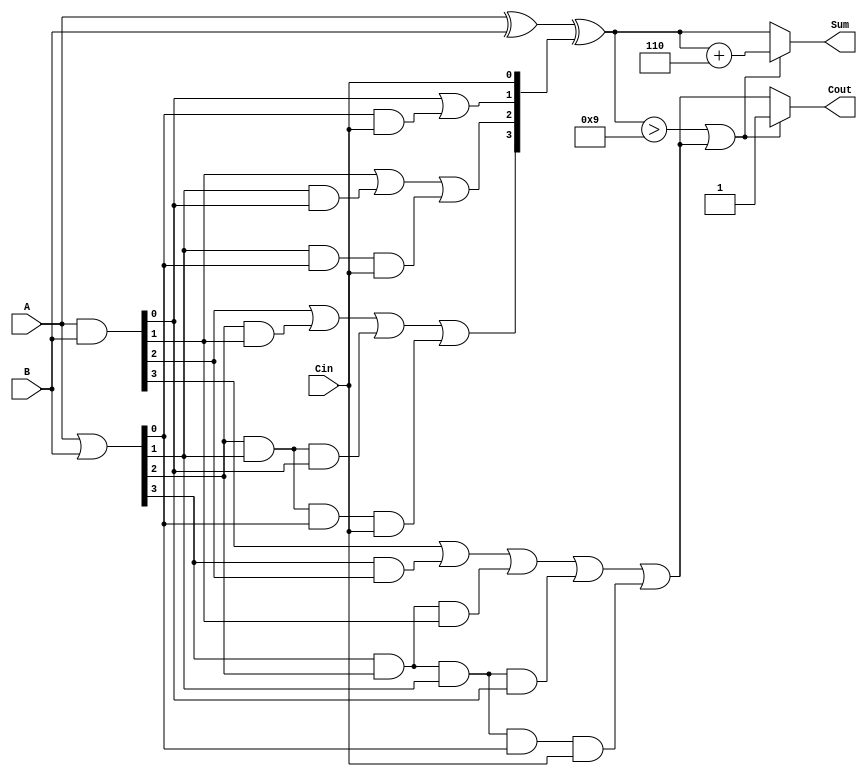
module BCD_Carry_Lookahead_Adder (
    input  [3:0] A,      // First BCD digit
    input  [3:0] B,      // Second BCD digit
    input        Cin,     // Carry input
    output [3:0] Sum,     // BCD sum output
    output       Cout     // Carry output
);

    // Internal signals
    wire [3:0] G;        // Generate signals
    wire [3:0] P;        // Propagate signals
    wire [4:0] C;        // Carry signals

    // Generate and Propagate calculations
    assign G = A & B;    // G[i] = A[i] AND B[i]
    assign P = A | B;    // P[i] = A[i] OR B[i]

    // Carry signal calculations
    assign C[0] = Cin;   // C[0] = Cin
    assign C[1] = G[0] | (P[0] & C[0]);
    assign C[2] = G[1] | (P[1] & G[0]) | (P[1] & P[0] & C[0]);
    assign C[3] = G[2] | (P[2] & G[1]) | (P[2] & P[1] & G[0]) | (P[2] & P[1] & P[0] & C[0]);
    assign C[4] = G[3] | (P[3] & G[2]) | (P[3] & P[2] & G[1]) | (P[3] & P[2] & P[1] & G[0]) | (P[3] & P[2] & P[1] & P[0] & C[0]);

    // Raw sum calculation
    wire [3:0] raw_sum;
    assign raw_sum = A ^ B ^ C[3:0]; // Sum[i] = A[i] XOR B[i] XOR C[i]

    // BCD correction logic
    wire [3:0] corrected_sum;
    wire correction_needed;
    
    assign correction_needed = (raw_sum > 4'd9) || C[4]; // Check if correction is needed
    assign corrected_sum = raw_sum + 4'd6; // BCD correction

    // Final sum and carry out assignment
    assign Sum = correction_needed ? corrected_sum : raw_sum; // Select corrected or raw sum
    assign Cout = correction_needed ? 1'b1 : C[4]; // Set Cout based on correction

endmodule